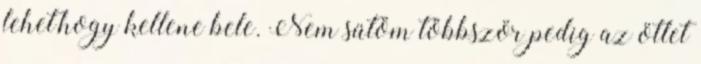
lehet,hogy kellene bele. Nem sütöm többször pedig az ötlet